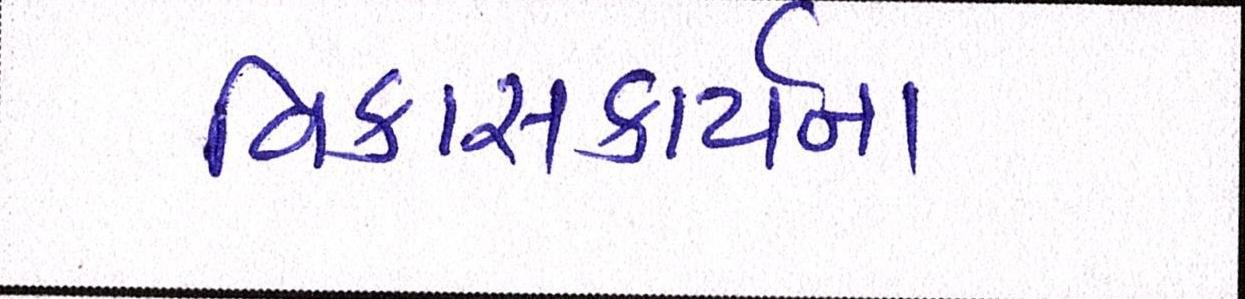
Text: વિકાસકાર્યના